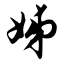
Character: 姊